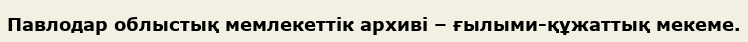
Павлодар облыстық мемлекеттік архиві – ғылыми-құжаттық мекеме.